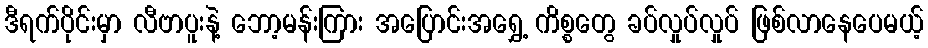
ဒီရက်ပိုင်းမှာ လီဗာပူးနဲ့ ဘော့မန်းကြား အပြောင်းအရွှေ့ ကိစ္စတွေ ခပ်လှုပ်လှုပ် ဖြစ်လာနေပေမယ့်